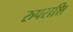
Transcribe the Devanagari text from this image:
रुपराशि